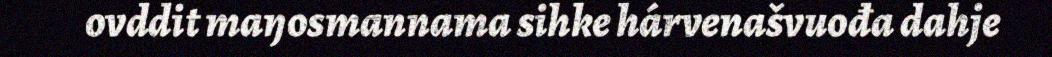
ovddit maŋosmannama sihke hárvenašvuođa dahje